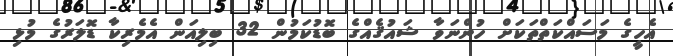
އެހީގެ މަސައްކަތްތަކަށް ހުންނަވާ ޝައުޤެއްގެ ބޮޑުކަމުން 32 ބިލިއަން އެމެރިކާ ޑޮލަރުގެ މުޅި